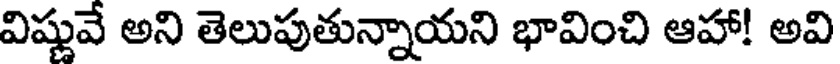
విష్ణువే అని తెలుపుతున్నాయని భావించి ఆహా! అవి